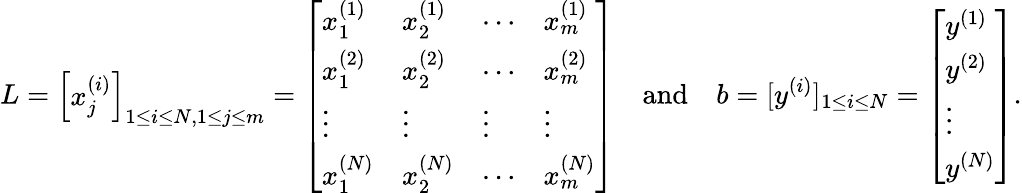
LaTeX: L=\left[\begin{array}{l}{x_{j}^{(i)}}\end{array}\right]_{1\leq i\leq N,1\leq j\leq m}=\left[\begin{array}{llll}{x_{1}^{(1)}}&{x_{2}^{(1)}}&{\cdots}&{x_{m}^{(1)}}\\ {x_{1}^{(2)}}&{x_{2}^{(2)}}&{\cdots}&{x_{m}^{(2)}}\\ {\vdots}&{\vdots}&{\vdots}&{\vdots}\\ {x_{1}^{(N)}}&{x_{2}^{(N)}}&{\cdots}&{x_{m}^{(N)}}\end{array}\right]\quad\mathrm{and}\quad b=[y^{(i)}]_{1\leq i\leq N}=\left[\begin{array}{l}{y^{(1)}}\\ {y^{(2)}}\\ {\vdots}\\ {y^{(N)}}\end{array}\right].